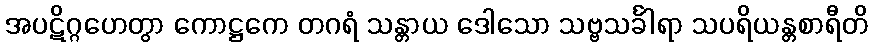
အပဋိဂ္ဂဟေတွာ ကောဋ္ဌကေ တဂရံ သန္တာယ ဒေါသော သဗ္ဗသင်္ခါရာ သပရိယန္တစာရီတိ